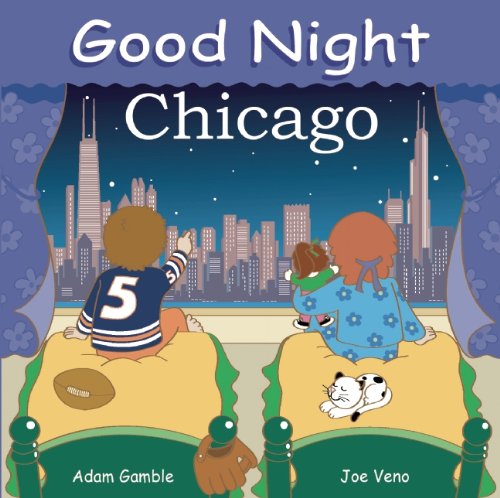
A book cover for Good Night Chicago (Good Night Our World); Adam Gamble; Children's Books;